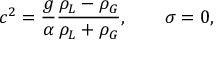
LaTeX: c ^ { 2 } = { \frac { g } { \alpha } } { \frac { \rho _ { L } - \rho _ { G } } { \rho _ { L } + \rho _ { G } } } , \qquad \sigma = 0 ,